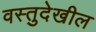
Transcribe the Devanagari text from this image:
वस्तुदेखील